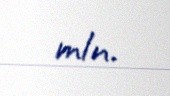
mln.